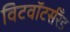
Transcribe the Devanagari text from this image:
विटवॉटर्सरँड